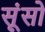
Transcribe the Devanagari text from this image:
सूंसो